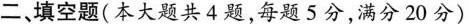
二、填空题(本大题共4题，每题5分，满分20分)